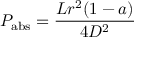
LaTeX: P _ { \mathrm { { a b s } } } = { \frac { L r ^ { 2 } ( 1 - a ) } { 4 D ^ { 2 } } }